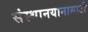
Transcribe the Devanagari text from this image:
संस्थानयानासाठी